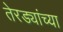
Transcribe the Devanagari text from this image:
तेरड्यांच्या